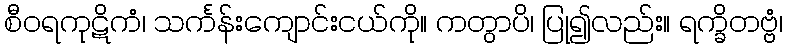
စီဝရကုဋိကံ၊ သင်္ကန်းကျောင်းငယ်ကို။ ကတွာပိ၊ ပြု၍လည်း။ ရက္ခိတဗ္ဗံ၊